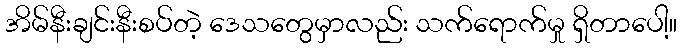
အိမ်နီးချင်းနီးစပ်တဲ့ ဒေသတွေမှာလည်း သက်ရောက်မှု ရှိတာပေါ့။